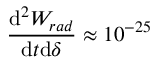
\frac { \mathrm { d } ^ { 2 } W _ { r a d } } { \mathrm { d } t \mathrm { d } \delta } \approx 1 0 ^ { - 2 5 }